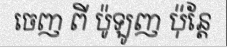
ចេញ ពី ប៉ូឡូញ ប៉ុន្តែ